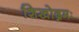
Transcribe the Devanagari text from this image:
शिखोद्गमः